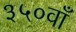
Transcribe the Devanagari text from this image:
३५०वाँ